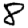
Digit: 8